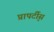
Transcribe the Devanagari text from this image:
प्रापर्टी्स